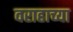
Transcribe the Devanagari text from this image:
वराहाच्या